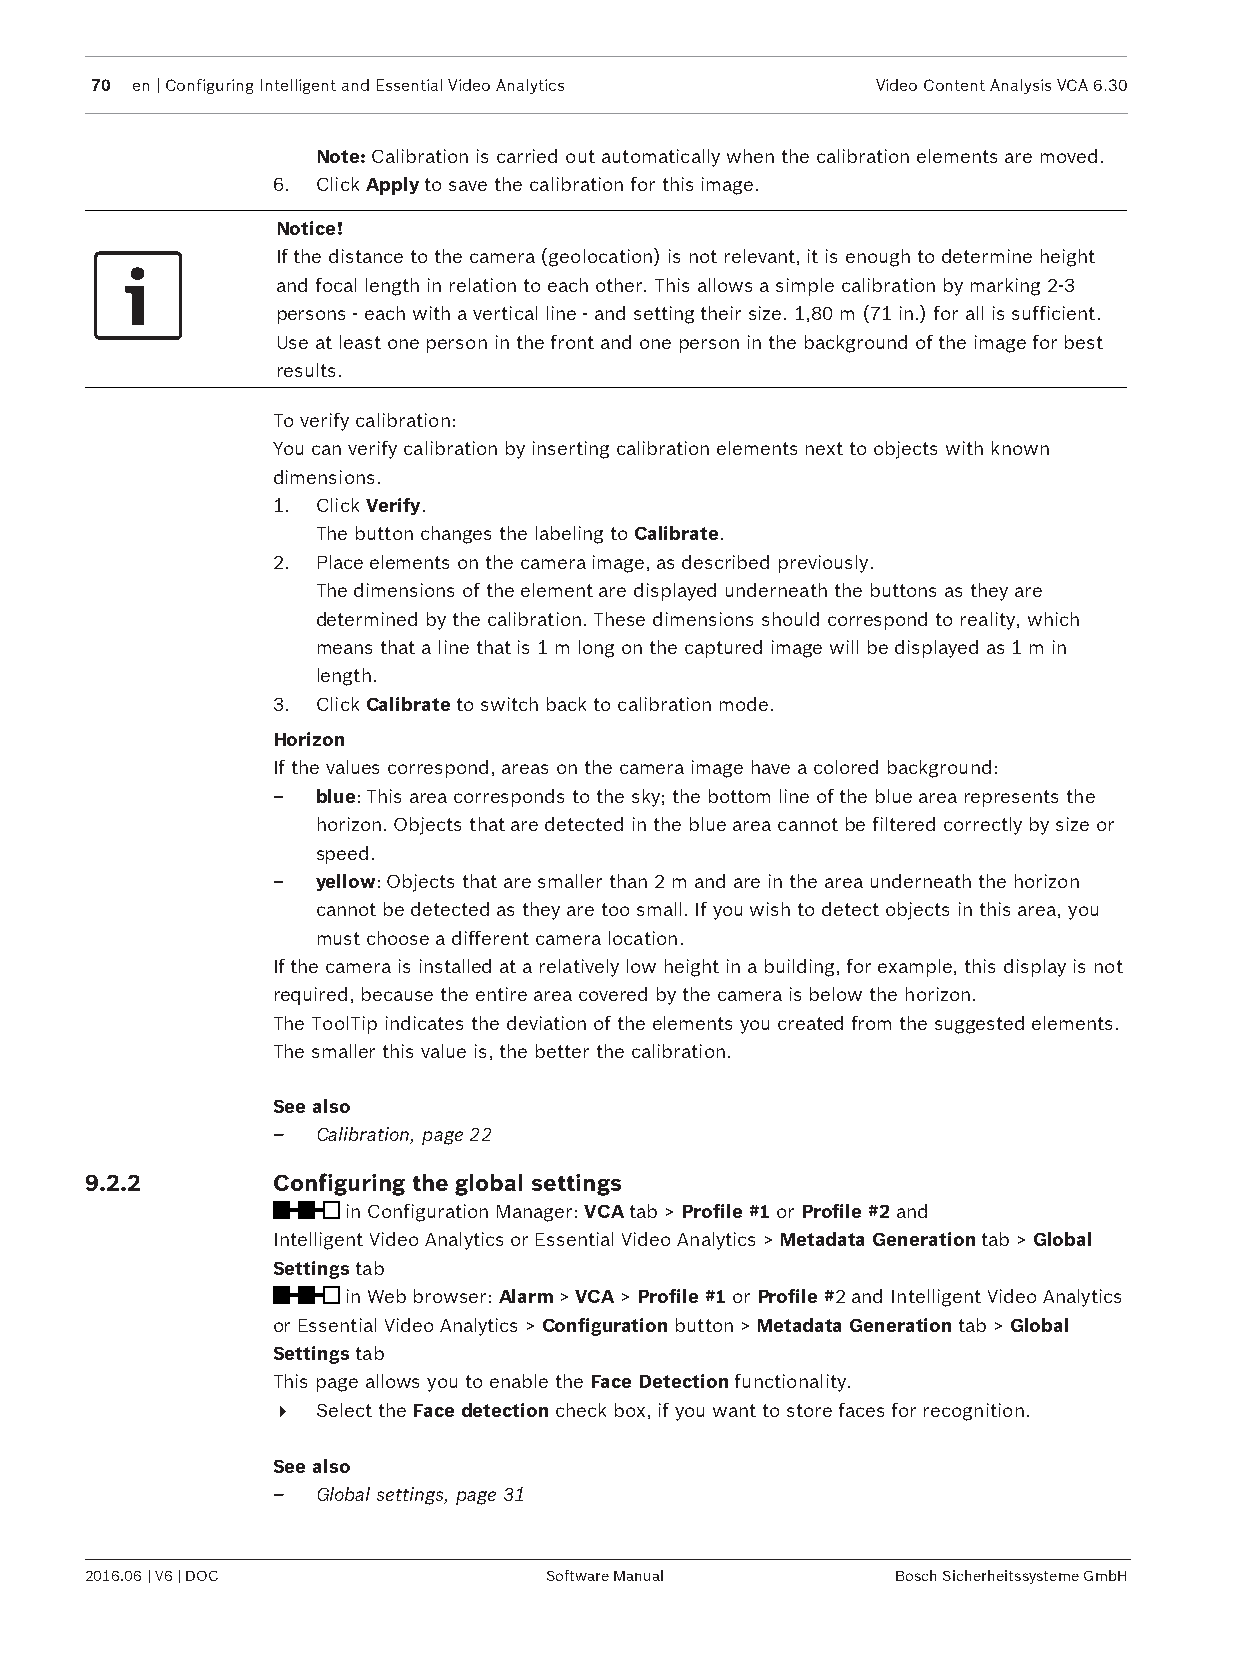
70 en | Configuring Intelligent and Essential Video Analytics Video Content Analysis VCA 6.30
 Note: Calibration is carried out automatically when the calibration elements are moved.
 6. Click Apply to save the calibration for this image.
 Notice!
 If the distance to the camera (geolocation) is not relevant, it is enough to determine height
 and focal length in relation to each other. This allows a simple calibration by marking 2-3
 persons ‑ each with a vertical line ‑ and setting their size. 1,80 m (71 in.) for all is sufficient.
 Use at least one person in the front and one person in the background of the image for best
 results.
 To verify calibration:
 You can verify calibration by inserting calibration elements next to objects with known
 dimensions.
 1. Click Verify.
 The button changes the labeling to Calibrate.
 2. Place elements on the camera image, as described previously.
 The dimensions of the element are displayed underneath the buttons as they are
 determined by the calibration. These dimensions should correspond to reality, which
 means that a line that is 1 m long on the captured image will be displayed as 1 m in
 length.
 3. Click Calibrate to switch back to calibration mode.
 Horizon
 If the values correspond, areas on the camera image have a colored background:
 –  blue: This area corresponds to the sky; the bottom line of the blue area represents the
 horizon. Objects that are detected in the blue area cannot be filtered correctly by size or
 speed.
 –  yellow: Objects that are smaller than 2 m and are in the area underneath the horizon
 cannot be detected as they are too small. If you wish to detect objects in this area, you
 must choose a different camera location.
 If the camera is installed at a relatively low height in a building, for example, this display is not
 required, because the entire area covered by the camera is below the horizon.
 The ToolTip indicates the deviation of the elements you created from the suggested elements.
 The smaller this value is, the better the calibration.
 See also
 –  Calibration, page 22
 9.2.2       Configuring the global settings
 in Configuration Manager: VCA tab > Profile #1 or Profile #2 and
 Intelligent Video Analytics or Essential Video Analytics > Metadata Generation tab > Global
 Settings tab
 in Web browser: Alarm > VCA > Profile #1 or Profile #2 and Intelligent Video Analytics
 or Essential Video Analytics > Configuration button > Metadata Generation tab > Global
 Settings tab
 This page allows you to enable the Face Detection functionality.
 4  Select the Face detection check box, if you want to store faces for recognition.
 See also
 –  Global settings, page 31
 2016.06 | V6 | DOC            Software Manual        Bosch Sicherheitssysteme GmbH